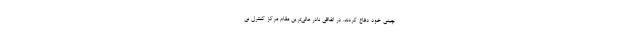
چینی‌ خود دفاع کردند. در اتفاقی نادر عالی‌ترین مقام مرکز کنترل بی